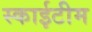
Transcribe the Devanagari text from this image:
स्‍काईटीम